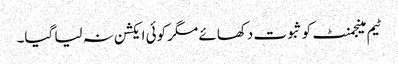
ٹیم مینجمنٹ کو ثبوت دکھائے مگر کوئی ایکشن نہ لیا گیا۔